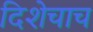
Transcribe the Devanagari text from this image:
दिशेचाच